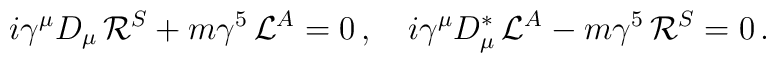
i\gamma^\mu D_\mu \,{\cal R}^S+m\gamma^5 \, {\cal L}^A =0\, ,\quad i\gamma^\mu D_\mu^\ast \, {\cal L}^A-m\gamma^5 \, {\cal R}^S=0\, .\quad